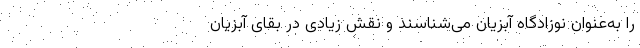
را به‌عنوان نوزادگاه آبزیان می‌شناسند و نقش زیادی در بقای آبزیان